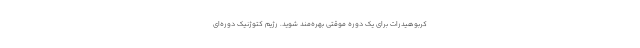
کربوهیدرات برای یک دوره موقتی بهره‌مند شوید. رژیم کتوژنیک دوره‌ای